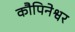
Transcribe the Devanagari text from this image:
कौपिनेश्वर